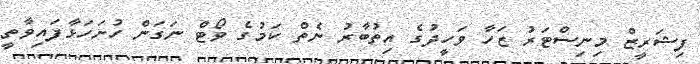
ފިޝަރީޒް މިނިސްޓަރު ޒަހާ ވަހީދުގެ އިތުބާރު ނެތް ކަމުގެ ވޯޓް ނަގަން ހުށަހަޅާފައިވާތީ